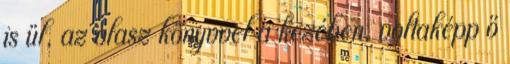
is ül, az olasz könyvvel a kezében, voltaképp ő